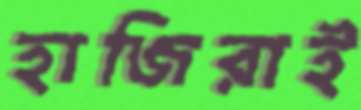
হাজিরাই